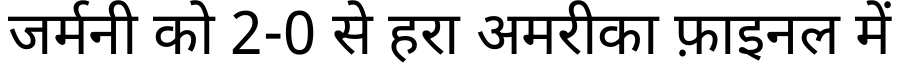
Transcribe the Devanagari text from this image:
जर्मनी को 2-0 से हरा अमरीका फ़ाइनल में